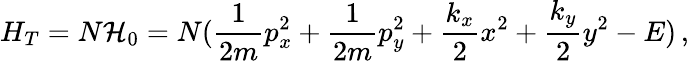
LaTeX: H_{T}=N\mathcal{H}_{0}=N(\frac{1}{2m}p_{x}^{2}+\frac{1}{2m}p_{y}^{2}+\frac{k_{x}}{2}x^{2}+\frac{k_{y}}{2}y^{2}-E)\, ,